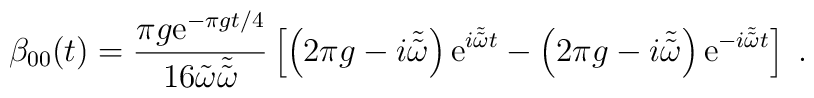
\beta_{00}(t)=\frac{\pi g{\rm e}^{-\pi g t/4}}{16\tilde{\omega}\tilde{\tilde{\omega}}}\left[\left(2\pi g-i\tilde{\tilde{\omega}}\right){\rm e}^{i\tilde{\tilde{\omega}}t}-\left(2\pi g-i\tilde{\tilde{\omega}} \right){\rm e}^{-i\tilde{\tilde{\omega}}t}\right]\;.